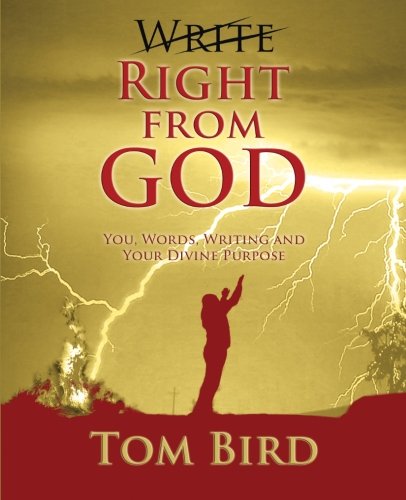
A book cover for Write Right From God: You, Words, Writing And Your Divine Purpose; Tom Bird; Self-Help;